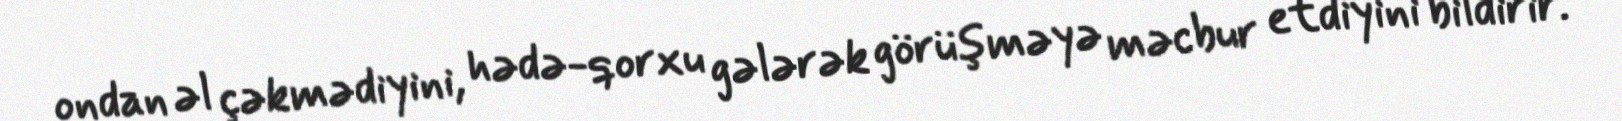
ondan əl çəkmədiyini, hədə-qorxu gələrək görüşməyə məcbur etdiyini bildirir.